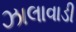
ઝાલાવાડી